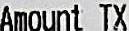
AMOUNT TX